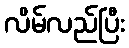
လိမ်လည်ပြီး